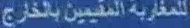
للمنقّرة التقليديّ